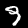
Digit: 9